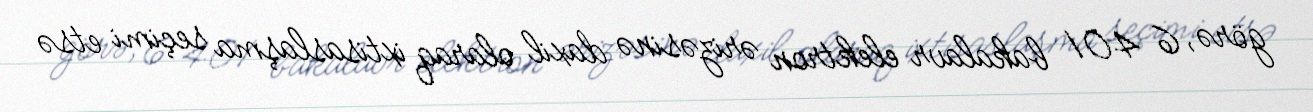
görə, 6 401 bakalavr elektron ərizəsinə daxil olaraq ixtisaslaşma seçimi etsə